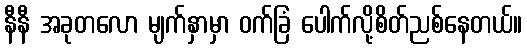
နီနီ အခုတလော မျက်နှာမှာ ဝက်ခြံ ပေါက်လို့စိတ်ညစ်နေတယ်။